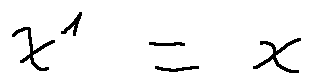
x ^ { 1 } = x